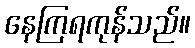
နေကြရကုန်သည်။